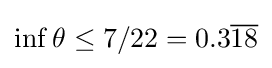
\inf \theta \leq 7/22=0.3{\overline {18}}